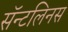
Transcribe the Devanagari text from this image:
सॅन्टलिनस